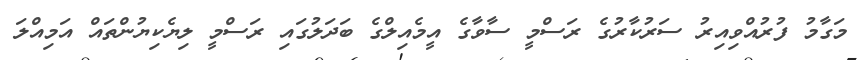
މަގާމު ފުރުއްވިއިރު ސަރުކާރުގެ ރަސްމީ ސާވާގެ އީމެއިލްގެ ބަދަލުގައި ރަސްމީ ލިޔެކިޔުންތައް އަމިއްލަ